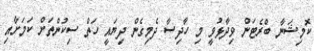
ކޮމިޝަނާ ބްރެޓަން ވިދާޅުވީ މި ހާދިސާ ދެމިގެން ދިޔައީ ހަތް ސިކުންތަށް ކަމަށާއި